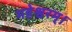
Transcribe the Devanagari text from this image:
महेश्वरम्।